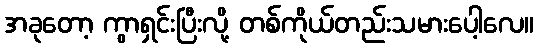
အခုတော့ ကွာရှင်းပြီးလို့ တစ်ကိုယ်တည်းသမားပေါ့လေ။